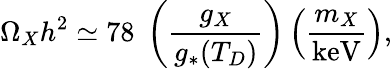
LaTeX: \Omega_{X}h^{2}\simeq 78\; \left(\frac{g_{X}}{g_{*}(T_{D})}\right)\left(\frac{m_{X}}{\mathrm{keV}}\right),